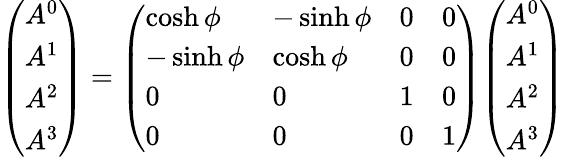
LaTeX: {\left(\begin{array}{l}{A^{0}}\\ {A^{1}}\\ {A^{2}}\\ {A^{3}}\end{array}\right)}={\left(\begin{array}{llll}{\cosh\phi}&{-\sinh\phi}&{0}&{0}\\ {-\sinh\phi}&{\cosh\phi}&{0}&{0}\\ {0}&{0}&{1}&{0}\\ {0}&{0}&{0}&{1}\end{array}\right)}{\left(\begin{array}{l}{A^{0}}\\ {A^{1}}\\ {A^{2}}\\ {A^{3}}\end{array}\right)}